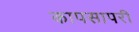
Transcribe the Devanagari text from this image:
कापसापरी